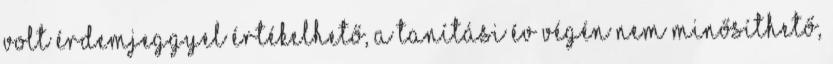
volt érdemjeggyel értékelhető, a tanítási év végén nem minősíthető,